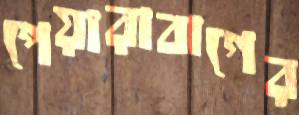
পেয়ারাবাগের